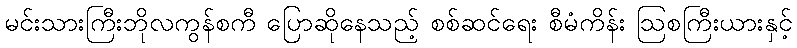
မင်းသားကြီးဘိုလကွန်စကီ ပြောဆိုနေသည့် စစ်ဆင်ရေး စီမံကိန်း ဩစကြီးယားနှင့်